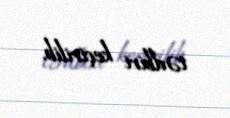
tədbiri keçirilib.